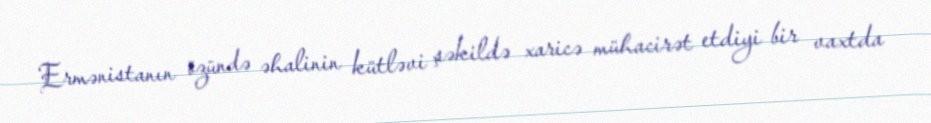
Ermənistanın özündə əhalinin kütləvi şəkildə xaricə mühacirət etdiyi bir vaxtda